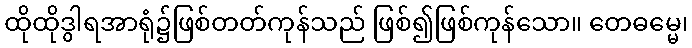
ထိုထိုဒွါရအာရုံ၌ဖြစ်တတ်ကုန်သည် ဖြစ်၍ဖြစ်ကုန်သော။ တေဓမ္မေ၊